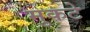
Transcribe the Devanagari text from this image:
मुकटे